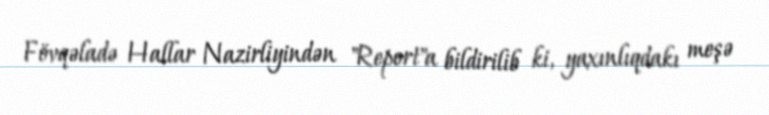
Fövqəladə Hallar Nazirliyindən "Report"a bildirilib ki, yaxınlıqdakı meşə